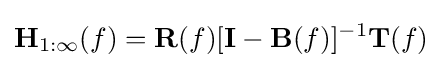
\mathbf {H} _{1:\infty }(f)=\mathbf {R} (f)[\mathbf {I} -\mathbf {B} (f)]^{-1}\mathbf {T} (f)